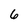
Character: 6